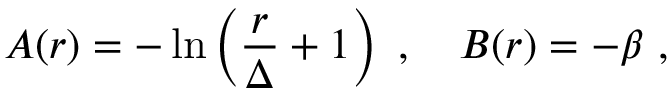
A ( r ) = - \ln \left( { \frac { r } { \Delta } } + 1 \right) ~ , ~ ~ ~ B ( r ) = - \beta ~ ,